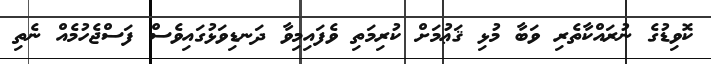
ކޮވިޑުގެ ނުރައްކާތެރި ވަބާ މުޅި ޤަޢުމަށް ކުރިމަތި ވެފައިމިވާ ދަނޑިވަޅުގައިވެސް ފަސްޖެހުމެއް ނެތި